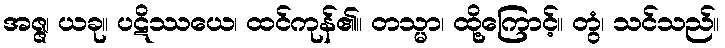
အဇ္ဇ၊ ယခု။ ပဋိဿယေ၊ ထင်ကုန်၏။ တသ္မာ၊ ထို့ကြောင့်။ တွံ၊ သင်သည်။